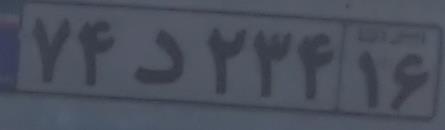
۷۴د۲۳۴۱۶